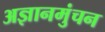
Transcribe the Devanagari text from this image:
अज्ञानमुंचन